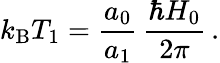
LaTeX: k_{\mathrm{B}}T_{1}=\frac{a_{0}}{a_{1}}\, \frac{\hbar H_{0}}{2\pi}\, .